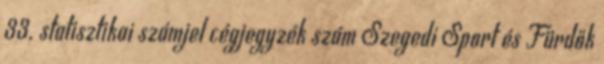
33. statisztikai számjel cégjegyzék szám Szegedi Sport és Fürdők